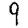
Digit: 9